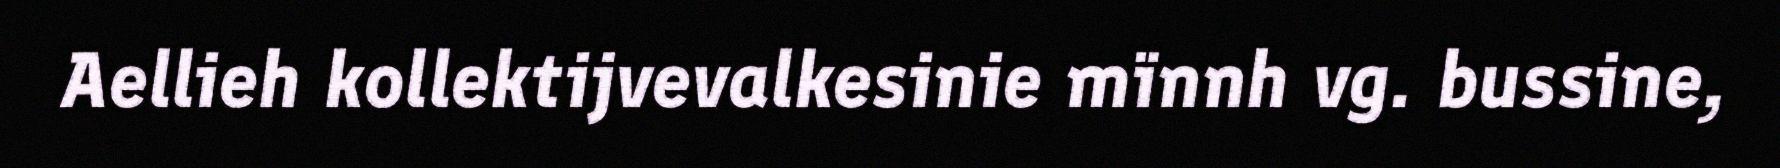
Aellieh kollektijvevalkesinie mïnnh vg. bussine,